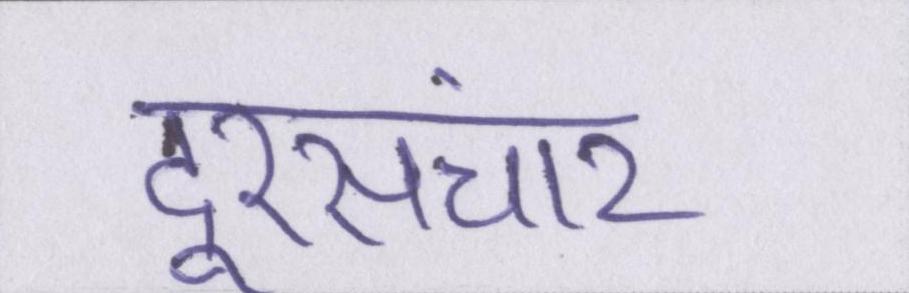
दूरसंचार